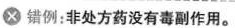
错例：非处方药没有毒副作用。